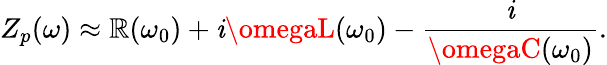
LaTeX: Z_{p}(\omega)\approx\mathbb{R}(\omega_{0})+\mathit{i}\omegaL(\omega_{0})-\frac{{\mathit{i}}}{{\omegaC(\omega_{0})}}.